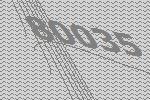
80035